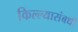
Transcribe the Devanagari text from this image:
किल्ल्यासंबधी